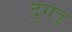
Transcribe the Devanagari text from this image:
दुगड़